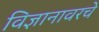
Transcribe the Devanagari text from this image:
विज्ञानावरचे